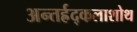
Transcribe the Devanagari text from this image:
अन्तर्ह्रद्कलाशोथ